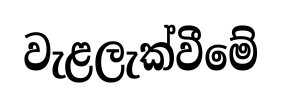
වැළලැක්වීමේ